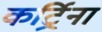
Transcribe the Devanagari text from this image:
कर्ट्रिना